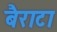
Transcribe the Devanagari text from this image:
बैराटा